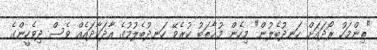
"ތިންމަހު ރޯދައަށް ހަނދުބެލުން" މިހެން މުޚާތަބު ކުރެވޭ ހަނދުބެލުމުގެ އާދަކާދައެއް ވެސް ދިވެހީންގެ